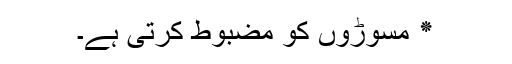
٭ مسوڑوں کو مضبوط کرتی ہے۔